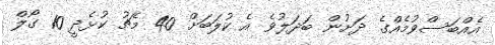
އެއްބަސްވުމެއްގެ ދަށުން ބަދަލުވެ އެ ކުލަބަށް 40 މެޗު ކުޅެދީ 10 ގޯލް